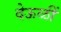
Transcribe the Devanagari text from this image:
देऊळीं